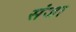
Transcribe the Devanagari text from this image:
संजा